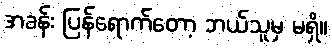
အခန်း ပြန်ရောက်တော့ ဘယ်သူမှ မရှိ။